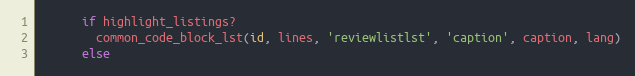
Language: Ruby
      if highlight_listings?
        common_code_block_lst(id, lines, 'reviewlistlst', 'caption', caption, lang)
      else